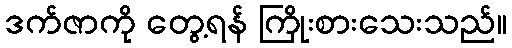
ဒက်ဇာကို တွေ့ရန် ကြိုးစားသေးသည်။